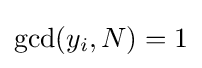
\gcd(y_{i},N)=1